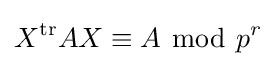
X^{\text{tr}}AX\equiv A\ {\bmod {\ }}p^{r}